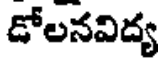
డోలనవిద్య